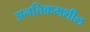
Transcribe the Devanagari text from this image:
अनतिक्रमशील